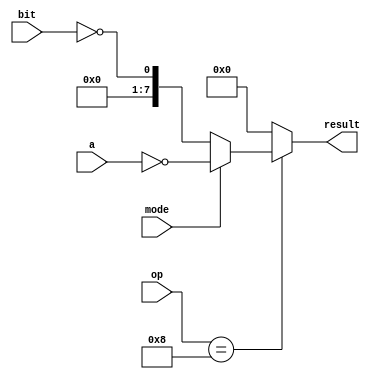
`timescale 1ns / 1ps

`define CLR   4'h8

module cpl(op, a, result, mode, bit);
       
    input  [3:0] op;   
    input        mode;
    input        bit;
    input  [7:0] a;             // Temp accumulators
    output [7:0] result;        // result of the operation
    
    assign result = (op ==`CLR)? (mode  ? ~a : {7'h00,~bit}) : 8'h00; 
endmodule